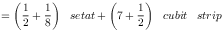
= { \bigg ( } { \frac { 1 } { 2 } } + { \frac { 1 } { 8 } } { \bigg ) } \; \; \; s e t a t + { \bigg ( } 7 + { \frac { 1 } { 2 } } { \bigg ) } \; \; \; c u b i t \; \; \; s t r i p